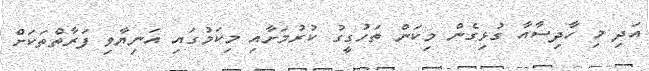
އަދި މި ހާދިސާއާ ގުޅިގެން މިކަން ތަހުގީގު ކުރުމަށާއި މިކަމުގައި އަނިޔާވި ފަރާތްތަކަށް